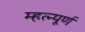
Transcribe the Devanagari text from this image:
म्हत्न्पूर्ण